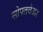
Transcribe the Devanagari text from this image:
सोफ्तवेअर